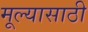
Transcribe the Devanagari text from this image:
मूल्यासाठी